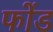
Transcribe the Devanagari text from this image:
फोंड